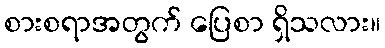
စားစရာအတွက် ပြေစာ ရှိသလား။